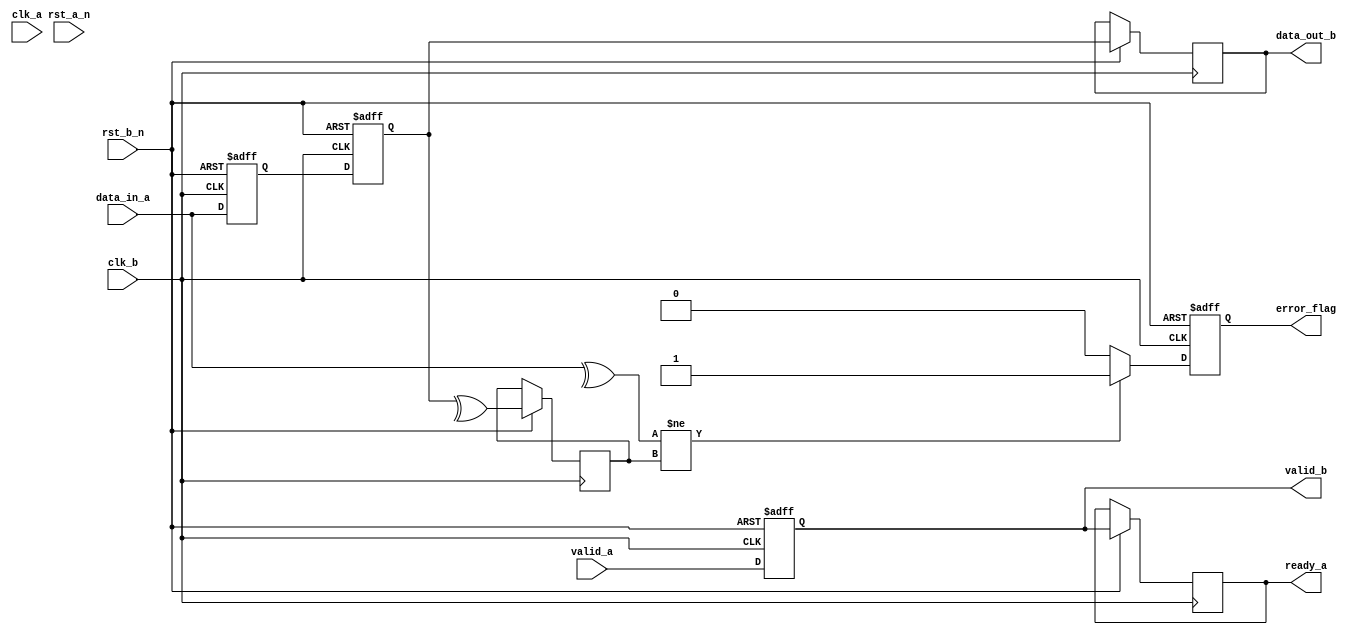
module cdc_with_error_detection #(
    parameter DATA_WIDTH = 8 // Width of the data bus
)(
    // Clock and Reset
    input wire clk_a,       // Clock for Domain A
    input wire clk_b,       // Clock for Domain B
    input wire rst_a_n,     // Asynchronous reset for Domain A (active low)
    input wire rst_b_n,     // Asynchronous reset for Domain B (active low)
    
    // Input Interface from Domain A
    input wire [DATA_WIDTH-1:0] data_in_a, // Data input from Domain A
    input wire valid_a,      // Data valid signal
    output reg ready_a,      // Acknowledge signal from Domain A

    // Output Interface to Domain B
    output reg [DATA_WIDTH-1:0] data_out_b, // Synchronized data output to Domain B
    output reg error_flag,    // Error flag for data integrity
    output reg valid_b        // Data valid signal for Domain B
);

// Internal signals for CDC
reg [DATA_WIDTH-1:0] data_sync_1;
reg [DATA_WIDTH-1:0] data_sync_2;
reg parity_bit_a;
reg parity_bit_b;

// Generate parity bit (even parity)
always @(*) begin
    parity_bit_a = ^data_in_a; // Even parity calculation for Domain A
end

// Dual-Flop Synchronizer
always @(posedge clk_b or negedge rst_b_n) begin
    if (!rst_b_n) begin
        data_sync_1 <= 0;
        data_sync_2 <= 0;
        valid_b <= 0;
        error_flag <= 0;
    end else begin
        data_sync_1 <= data_in_a; // Capture data in the first flip-flop
        data_sync_2 <= data_sync_1; // Capture in the second flip-flop
        valid_b <= valid_a; // Capture valid signal

        // Check for error
        parity_bit_b <= ^data_sync_2; // Calculate parity for received data
        if (parity_bit_a != parity_bit_b) begin
            error_flag <= 1; // Parity check failed, assert error flag
        end else begin
            error_flag <= 0; // No error detected
        end

        // Assign synchronized output
        data_out_b <= data_sync_2;

        // Acknowledge when valid data is received
        ready_a <= valid_b; 
    end
end

endmodule